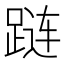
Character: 𰸔